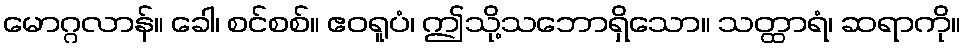
မောဂ္ဂလာန်။ ခေါ၊ စင်စစ်။ ဧဝရူပံ၊ ဤသို့သဘောရှိသော။ သတ္ထာရံ၊ ဆရာကို။